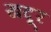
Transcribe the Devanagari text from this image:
खदूर